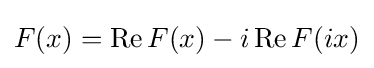
F(x)=\operatorname {Re} F(x)-i\operatorname {Re} F(ix)